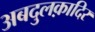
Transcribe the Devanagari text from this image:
अबदुलक़ादिर